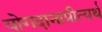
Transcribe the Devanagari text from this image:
योगदानाप्रीत्यर्थ